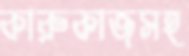
কারুকাজসহ